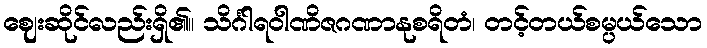
ဈေးဆိုင်လည်းရှိ၏။ သိင်္ဂါရဝါဏိဇဂဏာနုစရိတံ၊ တင့်တယ်စမ္ပယ်သော